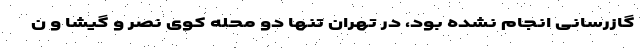
گازرسانی انجام نشده بود، در تهران تنها دو محله کوی نصر و گیشا و ن